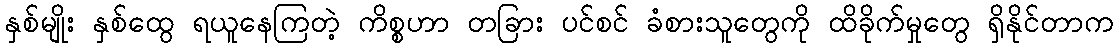
နှစ်မျိုး နှစ်ထွေ ရယူနေကြတဲ့ ကိစ္စဟာ တခြား ပင်စင် ခံစားသူတွေကို ထိခိုက်မှုတွေ ရှိနိုင်တာက